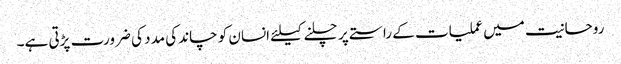
روحانیت میں عملیات کے راستے پر چلنے کیلئے انسان کو چاند کی مدد کی ضرورت پڑتی ہے۔